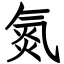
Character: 氮